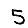
Digit: 5